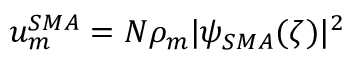
u _ { m } ^ { S M A } = N \rho _ { m } | \psi _ { S M A } ( \zeta ) | ^ { 2 }